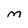
Character: M